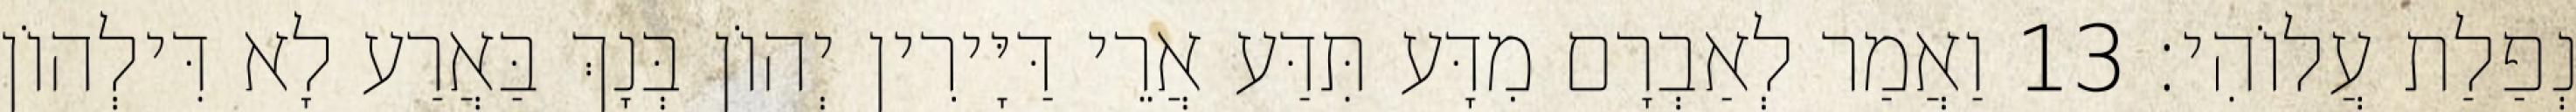
נְפַלַת עֲלוֹהִי׃ 13 וַאֲמַר לְאַבְרָם מִדָּע תִּדַּע אֲרֵי דַּיָּירִין יְהוֹן בְּנָךְ בַּאֲרַע לָא דִּילְהוֹן